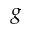
g